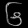
Digit: ၆